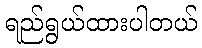
ရည်ရွယ်ထားပါတယ်